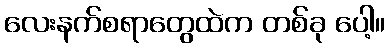
လေးနက်စရာတွေထဲက တစ်ခု ပေါ့။